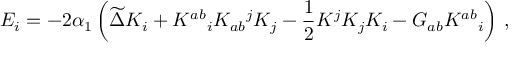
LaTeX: { \cal E } _ { i } = - 2 \alpha _ { 1 } \left( \widetilde { \Delta } K _ { i } + K ^ { a b } { } _ { i } K _ { a b } { } ^ { j } K _ { j } - { \frac { 1 } { 2 } } K ^ { j } K _ { j } K _ { i } - { \cal G } _ { a b } K ^ { a b } { } _ { i } \right) \, ,